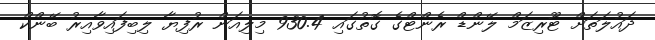
ދައުލަތަށް ޓޫރިޒަމް ލޭންޑް ރެންޓްގެ ގޮތުގައި 930.4 މިލިއަން ރުފިޔާ ލިބިފައިވާއިރު ބޭންކް